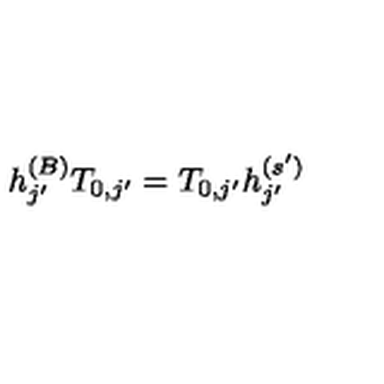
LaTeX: h _ { j ^ { \prime } } ^ { ( B ) } T _ { 0 , j ^ { \prime } } = T _ { 0 , j ^ { \prime } } h _ { j ^ { \prime } } ^ { ( s ^ { \prime } ) }